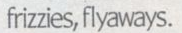
frizzies, flyaways.